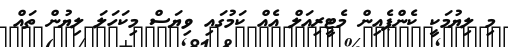
މި ލިޔުމަކީ ކެންޕެއިން މެޓީރިއަލް އެއް ކަމުގައި ވިޔަސް މިކަހަލަ ލިޔުން ތައް